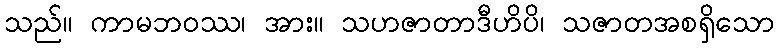
သည်။ ကာမဘဝဿ၊ အား။ သဟဇာတာဒီဟိပိ၊ သဇာတအစရှိသော